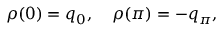
\rho ( 0 ) = q _ { 0 } , \quad \rho ( \pi ) = - q _ { \pi } ,